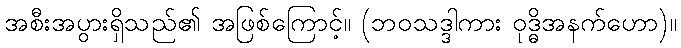
အစီးအပွားရှိသည်၏ အဖြစ်ကြောင့်။ (ဘဝသဒ္ဒါကား ဝုဒ္ဓိအနက်ဟော)။